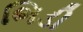
ભિડી